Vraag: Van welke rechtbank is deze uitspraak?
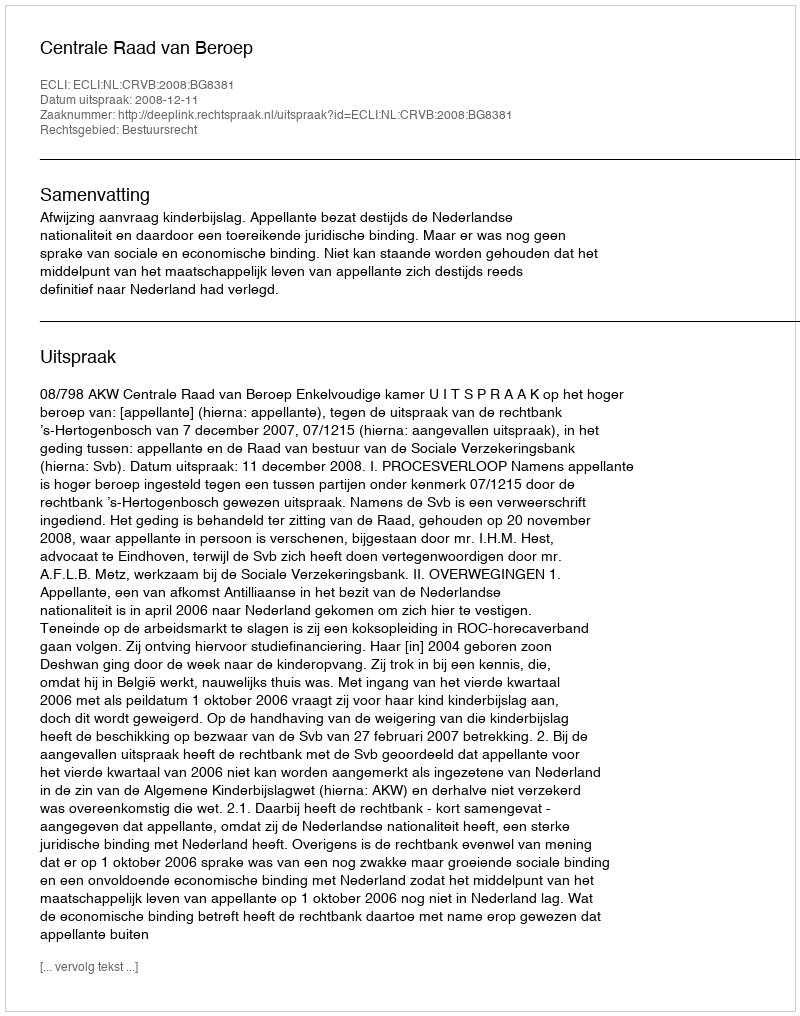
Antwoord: Centrale Raad van Beroep